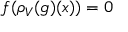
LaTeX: f ( \rho _ { V } ( g ) ( x ) ) = 0